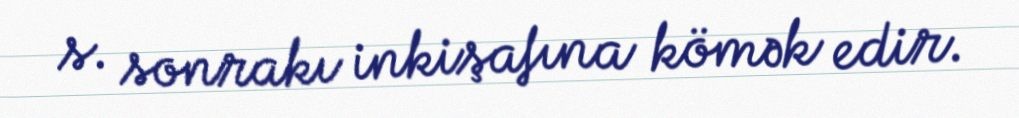
s. sonrakı inkişafına kömək edir.